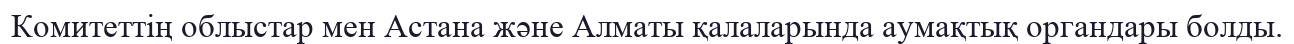
Комитеттің облыстар мен Астана және Алматы қалаларында аумақтық органдары болды.